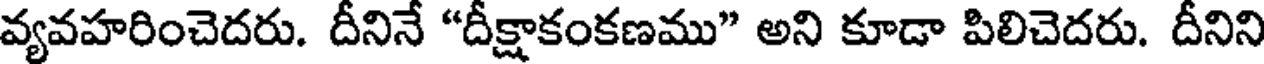
వ్యవహరించెదరు. దీనినే "దీక్షాకంకణము" అని కూడా పిలిచెదరు. దీనిని